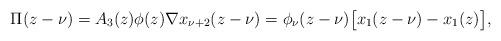
LaTeX: \begin{align*}\Pi(z-\nu)=A_3(z)\phi(z)\nabla x_{\nu+2}(z-\nu)=\phi_{\nu}(z-\nu)\big[x_1(z-\nu)-x_1(z)\big],\end{align*}